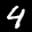
Label: 4